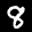
Label: 8